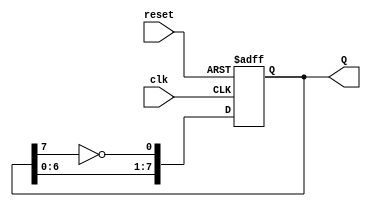
module johnson_counter (
    input wire clk,         // Clock input
    input wire reset,       // Asynchronous reset input
    output reg [7:0] Q      // 8-bit output to represent counter state
);

    // Always block to handle the counter behavior
    always @(posedge clk or posedge reset) begin
        if (reset) begin
            // Asynchronous reset: set counter to 00000000
            Q <= 8'b00000000;
        end else begin
            // Johnson counter state transition
            Q[0] <= ~Q[7]; // D0 = NOT Q7
            Q[1] <= Q[0];  // D1 = Q0
            Q[2] <= Q[1];  // D2 = Q1
            Q[3] <= Q[2];  // D3 = Q2
            Q[4] <= Q[3];  // D4 = Q3
            Q[5] <= Q[4];  // D5 = Q4
            Q[6] <= Q[5];  // D6 = Q5
            Q[7] <= Q[6];  // D7 = Q6
        end
    end

endmodule